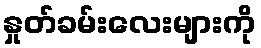
နှုတ်ခမ်းလေးများကို